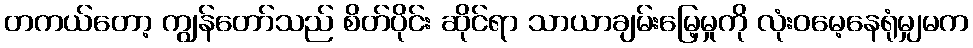
တကယ်တော့ ကျွန်တော်သည် စိတ်ပိုင်း ဆိုင်ရာ သာယာချမ်းမြေ့မှုကို လုံးဝမေ့နေရုံမျှမက